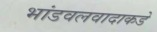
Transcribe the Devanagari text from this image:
भांडवलवादाकडे